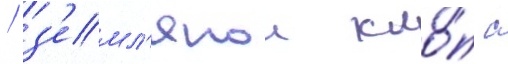
/ з'емл'янои кло́п с